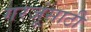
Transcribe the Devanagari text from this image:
गरजूंसाठी